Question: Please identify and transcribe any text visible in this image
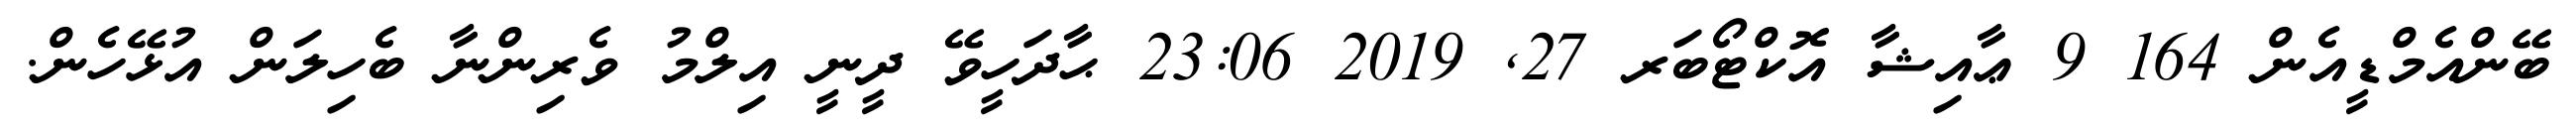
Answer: ބޭންއެމްޑީއެން 164 9 ޢާއިޝާ އޮކްޓޯބަރ 27, 2019 23:06 ޙާދަހީވޭ ދީނީ އިލްމު ވެރިންނާ ބެހިލަން އުޅޭހެން.